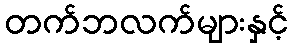
တက်ဘလက်များနှင့်